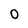
Character: O